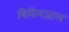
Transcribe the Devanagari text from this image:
त्रिविमजाल